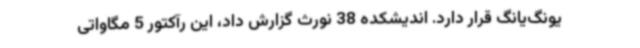
یونگ‌یانگ قرار دارد. اندیشکده 38 نورث گزارش داد، این رآکتور 5 مگاواتی